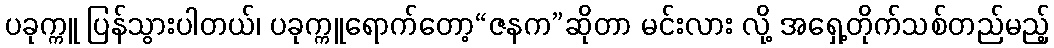
ပခုက္ကူ ပြန်သွားပါတယ်၊ ပခုက္ကူရောက်တော့“ဇနက”ဆိုတာ မင်းလား လို့ အရှေ့တိုက်သစ်တည်မည့်